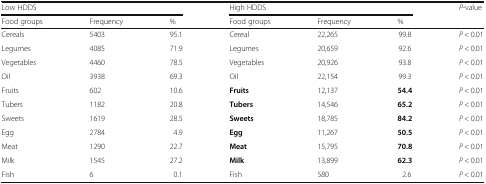
<table><thead><tr><td colspan="3"><b>Low HDDS</b></td><td colspan="3"><b>High HDDS</b></td><td rowspan="2"><b><i>P</i>-value</b></td></tr><tr><td><b>Food groups</b></td><td><b>Frequency</b></td><td><b>%</b></td><td><b>Food groups</b></td><td><b>Frequency</b></td><td><b>%</b></td></tr></thead><tbody><tr><td>Cereals</td><td>5403</td><td>95.1</td><td>Cereal</td><td>22,265</td><td>99.8</td><td><i>P</i> &lt; 0.01</td></tr><tr><td>Legumes</td><td>4085</td><td>71.9</td><td>Legumes</td><td>20,659</td><td>92.6</td><td><i>P</i> &lt; 0.01</td></tr><tr><td>Vegetables</td><td>4460</td><td>78.5</td><td>Vegetables</td><td>20,926</td><td>93.8</td><td><i>P</i> &lt; 0.01</td></tr><tr><td>Oil</td><td>3938</td><td>69.3</td><td>Oil</td><td>22,154</td><td>99.3</td><td><i>P</i> &lt; 0.01</td></tr><tr><td>Fruits</td><td>602</td><td>10.6</td><td><b>Fruits</b></td><td>12,137</td><td><b>54.4</b></td><td><i>P</i> &lt; 0.01</td></tr><tr><td>Tubers</td><td>1182</td><td>20.8</td><td><b>Tubers</b></td><td>14,546</td><td><b>65.2</b></td><td><i>P</i> &lt; 0.01</td></tr><tr><td>Sweets</td><td>1619</td><td>28.5</td><td><b>Sweets</b></td><td>18,785</td><td><b>84.2</b></td><td><i>P</i> &lt; 0.01</td></tr><tr><td>Egg</td><td>2784</td><td>4.9</td><td><b>Egg</b></td><td>11,267</td><td><b>50.5</b></td><td><i>P</i> &lt; 0.01</td></tr><tr><td>Meat</td><td>1290</td><td>22.7</td><td><b>Meat</b></td><td>15,795</td><td><b>70.8</b></td><td><i>P</i> &lt; 0.01</td></tr><tr><td>Milk</td><td>1545</td><td>27.2</td><td><b>Milk</b></td><td>13,899</td><td><b>62.3</b></td><td><i>P</i> &lt; 0.01</td></tr><tr><td>Fish</td><td>6</td><td>0.1</td><td>Fish</td><td>580</td><td>2.6</td><td><i>P</i> &lt; 0.01</td></tr></tbody></table>